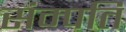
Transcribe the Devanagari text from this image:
संम्पति